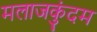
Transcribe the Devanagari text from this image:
मलाजकुंदम